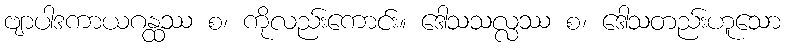
ဗျာပါဒကာယဂန္ထဿ စ၊ ကိုလည်းကောင်း။ ဒေါသသလ္လဿ စ၊ ဒေါသတည်းဟူသော